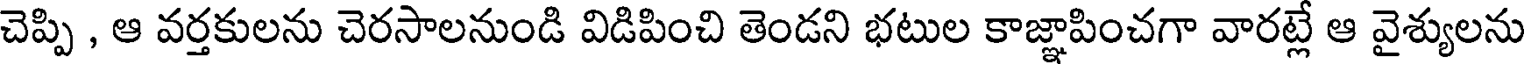
చెప్పి , ఆ వర్తకులను చెరసాలనుండి విడిపించి తెండని భటుల కాజ్ఞాపించగా వారట్లే ఆ వైశ్యులను